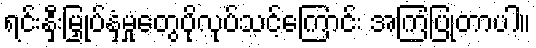
ရင်းနှီးမြှုပ်နှံမှုတွေပိုလုပ်သင့်ကြောင်း အကြံပြုတာပါ။